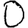
Digit: 0